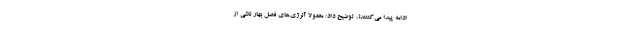
ادامه پیدا می‌کننند؟، توضیح داد: معمولا آلرژی‌های فصل بهار ناشی از